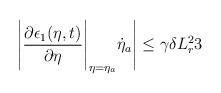
LaTeX: \begin{align*}\Bigg|\dfrac{\partial \epsilon_1(\eta,t)}{\partial \eta}\Bigg|_{\eta = \eta_a}\dot{\eta}_a \Bigg| \le \gamma \delta L_r^2 3\end{align*}